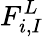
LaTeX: F_{i,I}^{L}